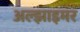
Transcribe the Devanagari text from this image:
अल्‍झाइमर